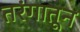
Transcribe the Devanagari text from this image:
तरंगातून